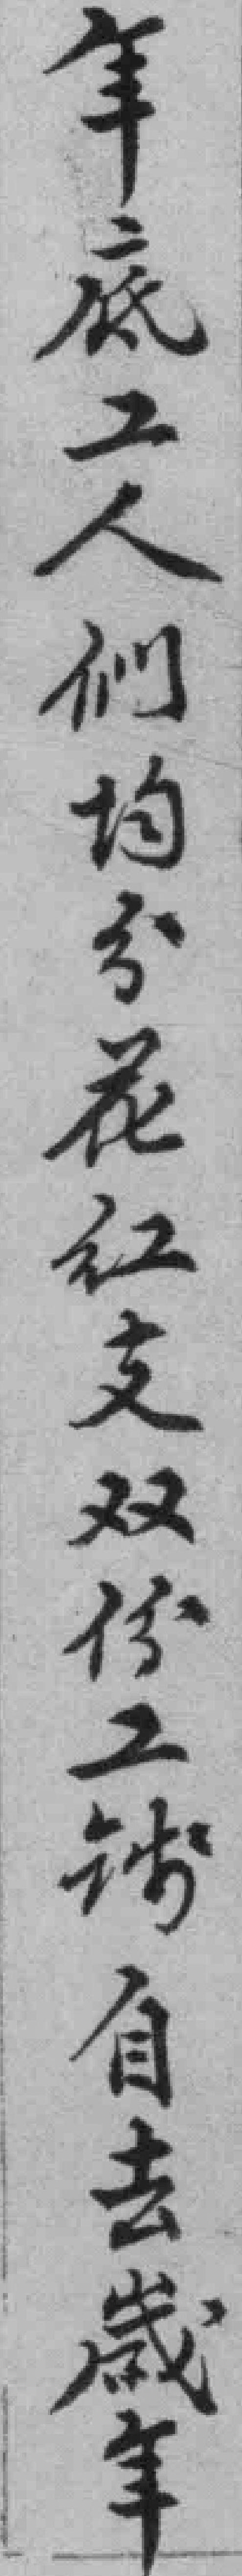
年底工人們均分花红支双份工钱自去歲年